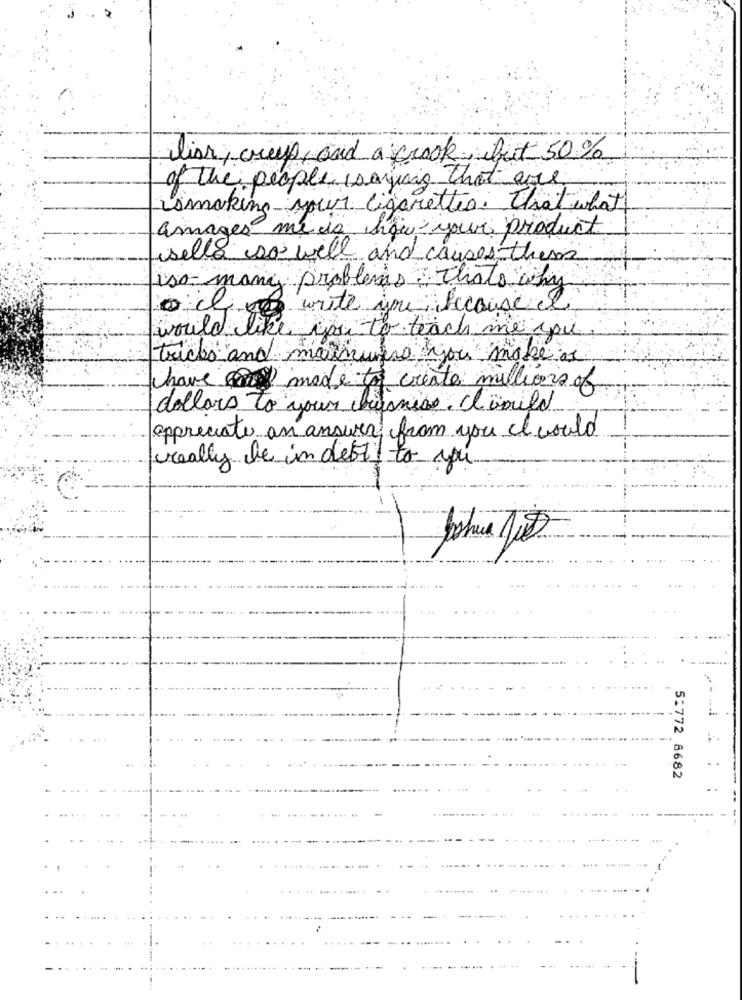
liar, creep, and a crook but 50%
of the people (saying that are
ismaking yours cigarettes. That what
amager me da how your product
iselle so will and causes them
iso- many problems ? Thats why
o clio write you because el
would like you to teach me you.
tricks and mannumero you make or
have made to create millions of
dollars to your big
Juinias Clamila
appreciate an answer from you cl would
really be in debt to you
5:772 8682
..